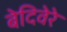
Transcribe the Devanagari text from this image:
बेदिवेरे